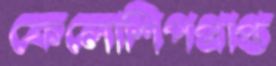
ফেলোশিপপ্রাপ্ত